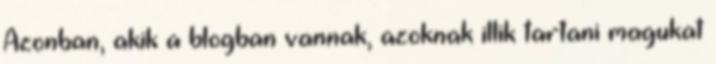
Azonban, akik a blogban vannak, azoknak illik tartani magukat